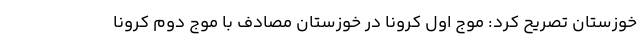
خوزستان تصریح کرد: موج اول کرونا در خوزستان مصادف با موج دوم کرونا